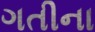
ગતીના